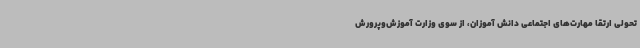
تحولی ارتقا مهارت‌های اجتماعی دانش آموزان، از سوی وزارت آموزش‌وپرورش